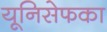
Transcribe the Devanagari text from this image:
यूनिसेफका